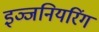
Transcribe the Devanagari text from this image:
इञ्जनियरिंग